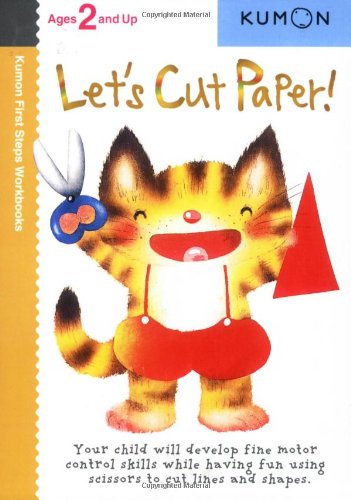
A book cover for Let's Cut Paper! (Kumon First Steps Workbooks); Children's Books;